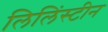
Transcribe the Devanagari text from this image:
लिलिंस्टीन